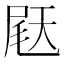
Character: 𫯨